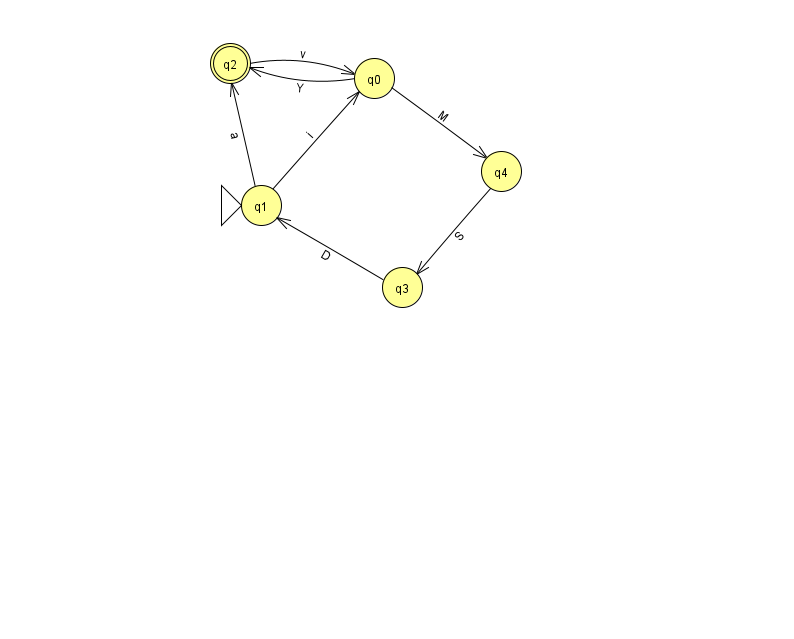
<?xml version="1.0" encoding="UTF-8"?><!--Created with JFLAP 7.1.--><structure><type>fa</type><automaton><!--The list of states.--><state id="0" name="q0"><x>374.0</x><y>65.0</y></state><state id="1" name="q1"><x>261.0</x><y>192.0</y><initial/></state><state id="2" name="q2"><x>230.0</x><y>50.0</y><final/></state><state id="3" name="q3"><x>402.0</x><y>274.0</y></state><state id="4" name="q4"><x>501.0</x><y>158.0</y></state><!--The list of transitions.--><transition><from>4</from><to>3</to><read>S</read></transition><transition><from>0</from><to>2</to><read>Y</read></transition><transition><from>0</from><to>4</to><read>M</read></transition><transition><from>2</from><to>0</to><read>v</read></transition><transition><from>1</from><to>0</to><read>i</read></transition><transition><from>1</from><to>2</to><read>a</read></transition><transition><from>3</from><to>1</to><read>D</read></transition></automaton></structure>